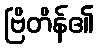
ဗြိတိန်၏